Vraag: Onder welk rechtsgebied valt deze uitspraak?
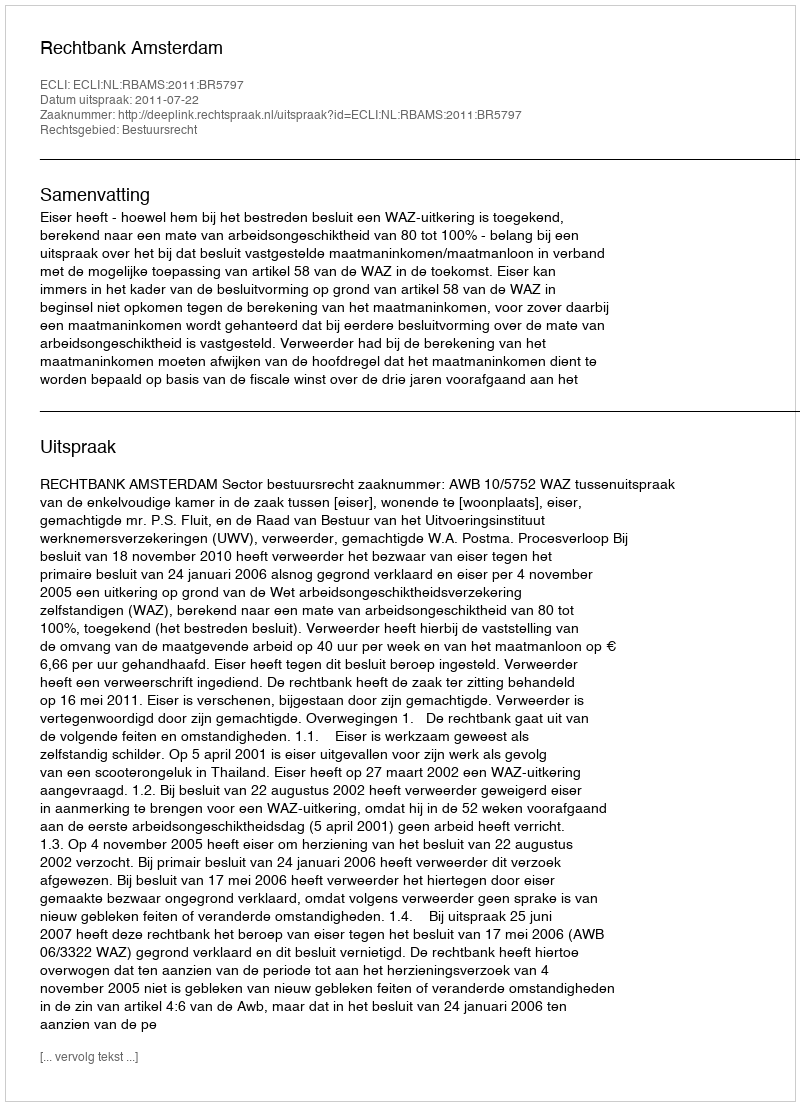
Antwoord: Bestuursrecht